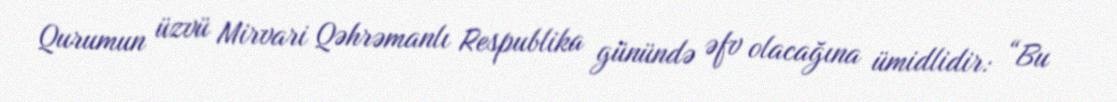
Qurumun üzvü Mirvari Qəhrəmanlı Respublika günündə əfv olacağına ümidlidir: “Bu